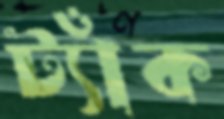
ট্যাঁক